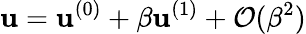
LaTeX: \mathbf{u}=\mathbf{u}^{(0)}+\beta\mathbf{u}^{(1)}+\mathcal{O}(\beta^{2})